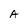
Character: A